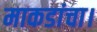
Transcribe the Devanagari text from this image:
माकडांचा।